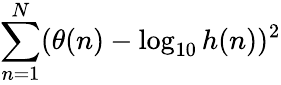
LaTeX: \sum_{n=1}^{N}(\theta(n)-\log_{10}h(n))^{2}